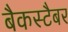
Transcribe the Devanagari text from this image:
बैकस्टैबर